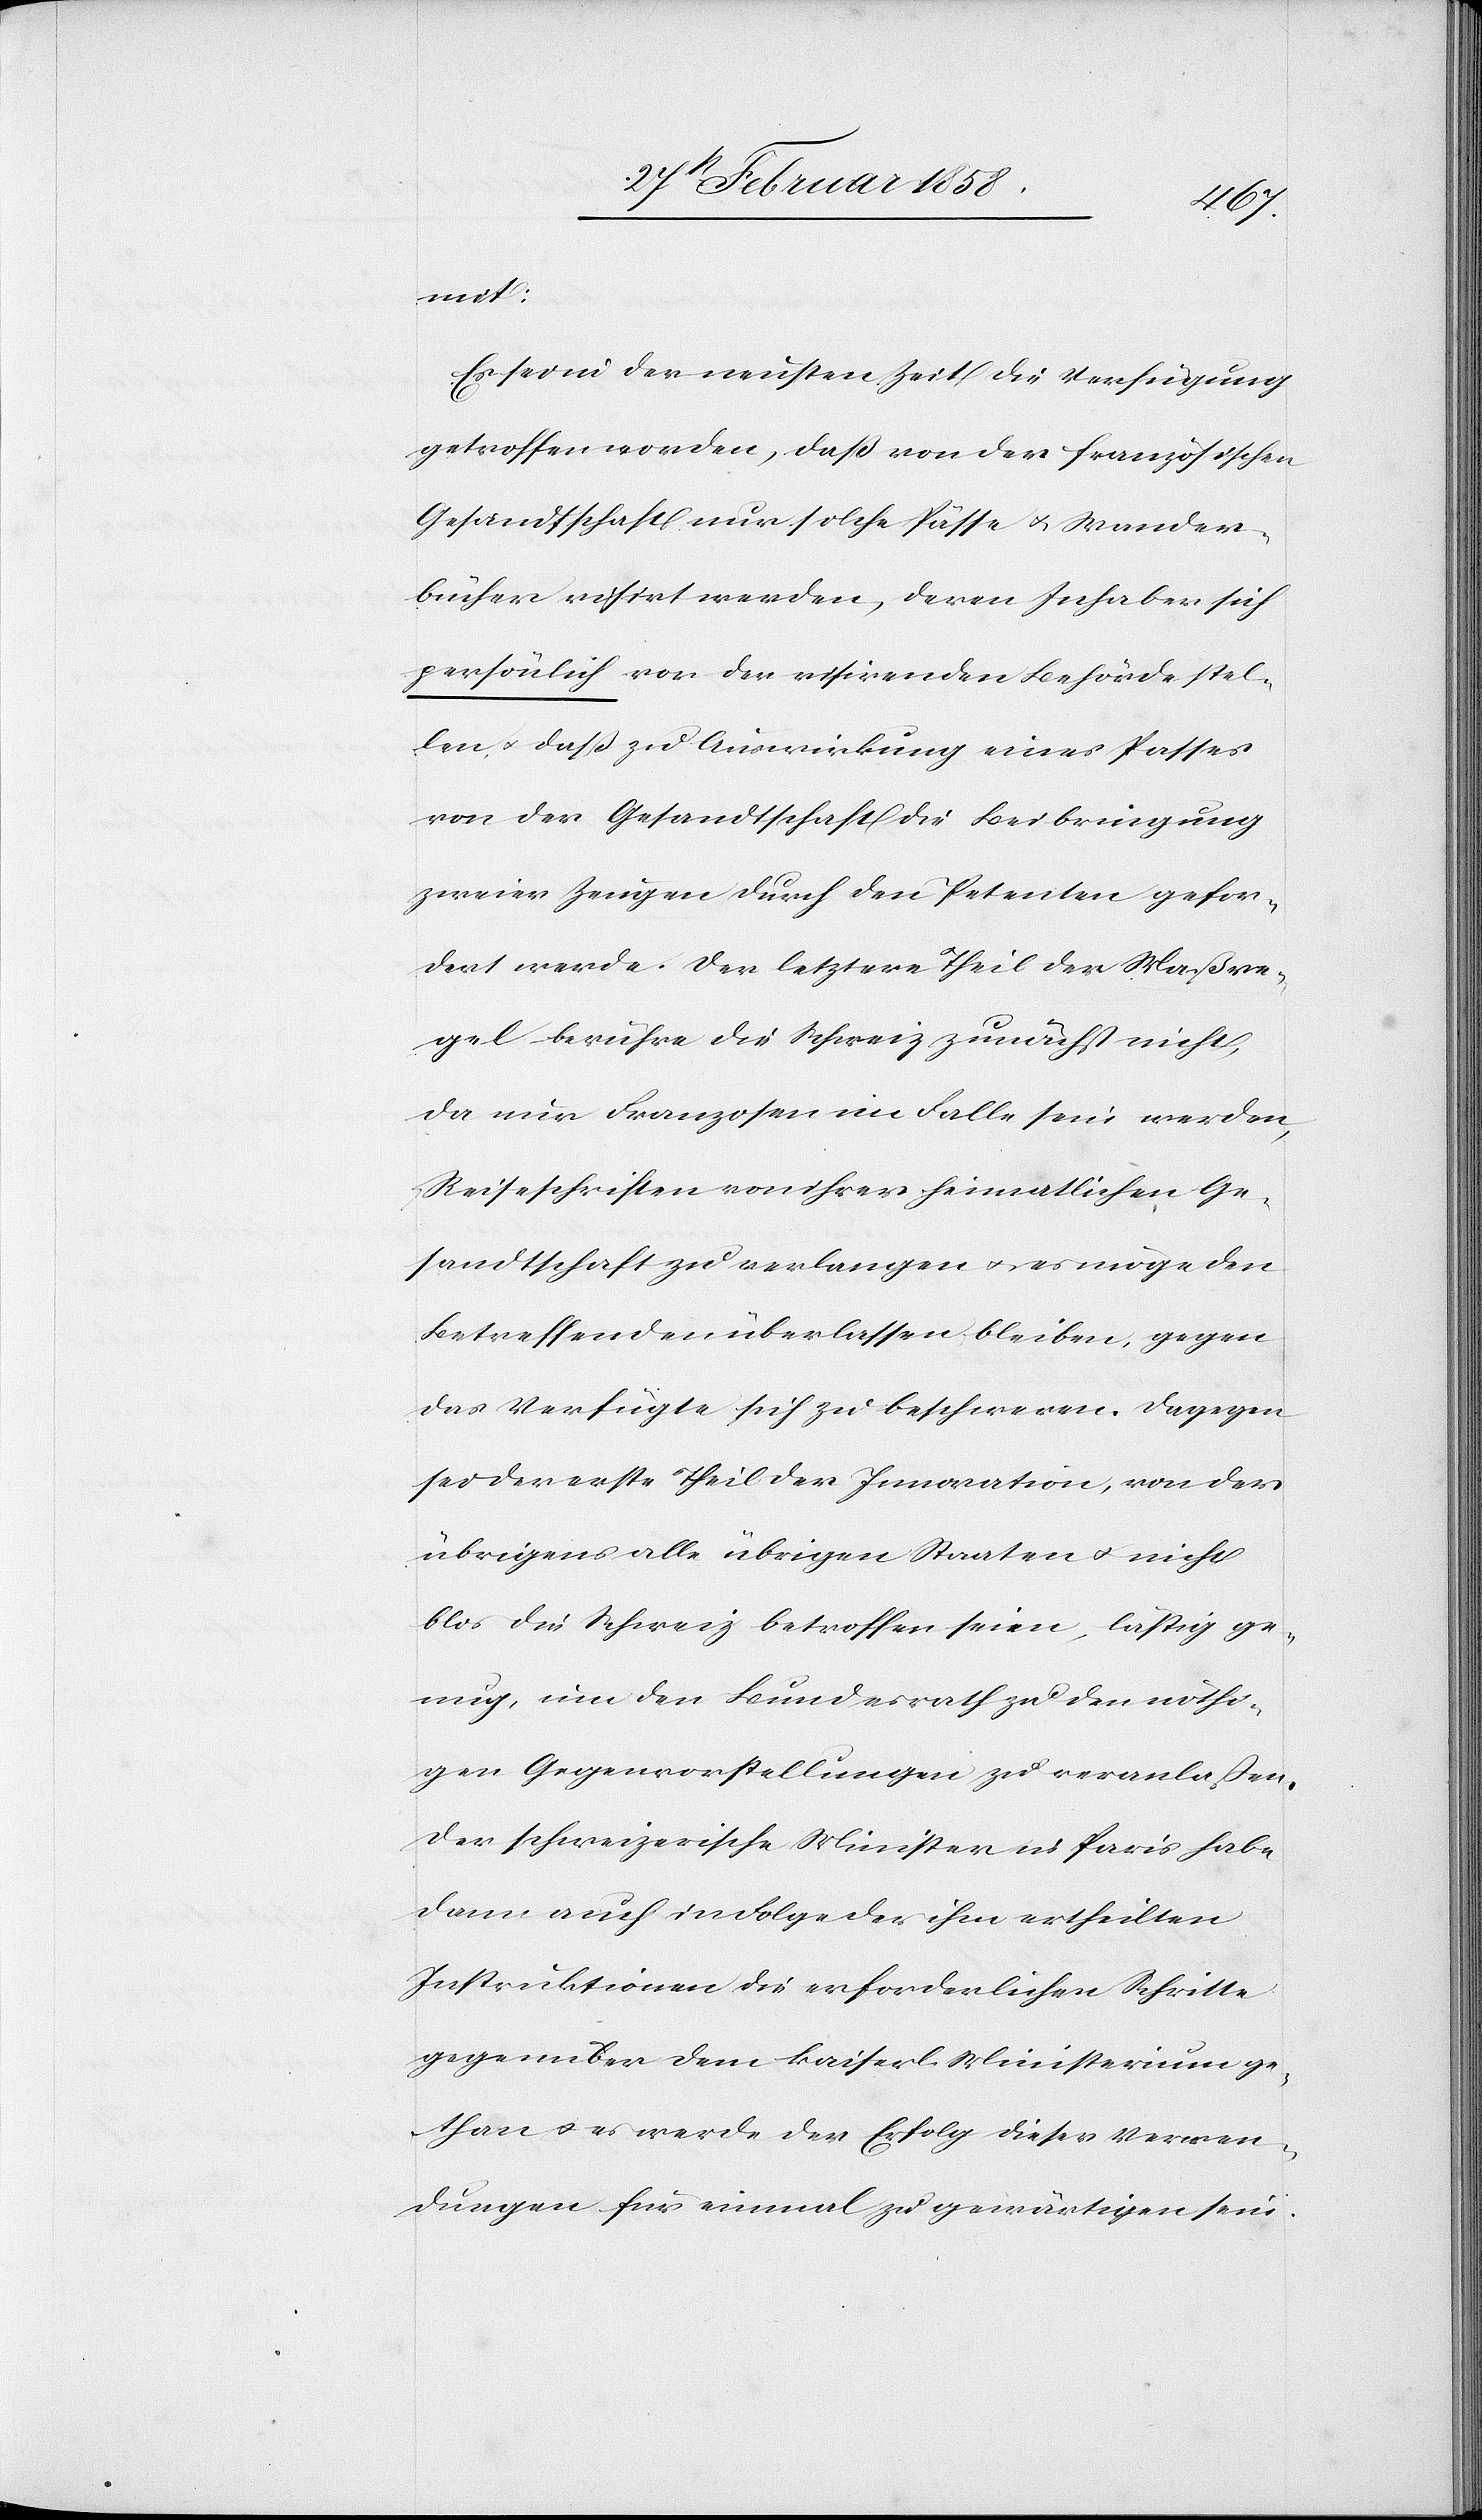
mit:
Es sei in der neusten Zeit die Verfügung
getroffen worden, daß von der französischen
Gesandtschaft nur solche Pässe u. Wander¬
bücher visirt werden, deren Inhaber sich
persönlich vor der visirenden Behörde stel¬
len u. daß zu Auswirkung eines Passes
von der Gesandtschaft die Beibringung
zweier Zeugen durch den Petenten gefor¬
dert werde. Der letztere Theil der Maßre¬
gel berühre die Schweiz zunächst nicht,
da nur Franzosen im Falle sein werden,
Reiseschriften von ihrer heimatlichen Ge¬
sandtschaft zu verlangen u. es möge den
Betreffenden überlassen bleiben, gegen
das Verfügte sich zu beschweren. Dagegen
sei der erste Theil der Innovation, von der
übrigens alle übrigen Staaten u. nicht
blos die Schweiz betroffen seien, lästig ge¬
nug, um den Bundesrath zu den nöthi¬
gen Gegenvorstellungen zu veranlaßen.
Der schweizerische Minister in Paris habe
dann auch in Folge der ihm ertheilten
Instruktionen die erforderlichen Schritte
gegenüber dem kaiserl. Ministerium ge¬
than u. es werde der Erfolg dieser Verwen¬
dungen für einmal zu gewärtigen sein.